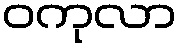
ဝကုလာ